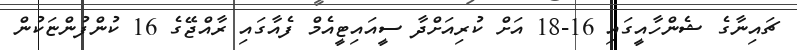
ޗައިނާގެ ޝެންހާއީގައި 16-18 އަށް ކުރިއަށްދާ ސީއައިޓީއެމް ފެއާގައި ރާއްޖޭގެ 16 ކުންފުންޏަކުން